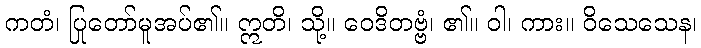
ကတံ၊ ပြုတော်မူအပ်၏။ ဣတိ၊ သို့။ ဝေဒိတဗ္ဗံ၊ ၏။ ဝါ၊ ကား။ ဝိသေသေန၊